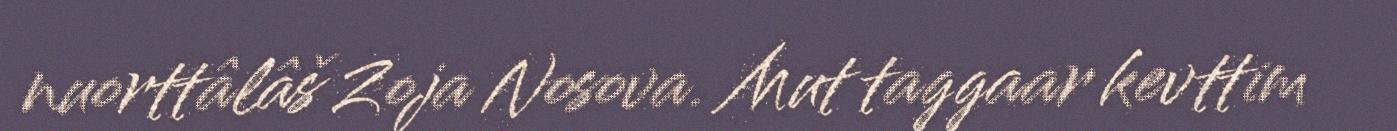
nuorttâlâš Zoja Nosova. Mut taggaar kevttim